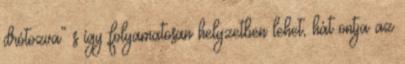
drótozva” s így folyamatosan helyzetben lehet, hát ontja az